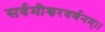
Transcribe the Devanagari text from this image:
सर्वमीश्वरवर्णनम्।।